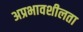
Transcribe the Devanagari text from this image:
अप्रभावशीलता